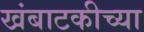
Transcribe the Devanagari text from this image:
खंबाटकीच्या